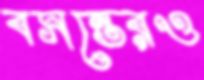
বসন্তেরও